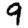
Digit: 9